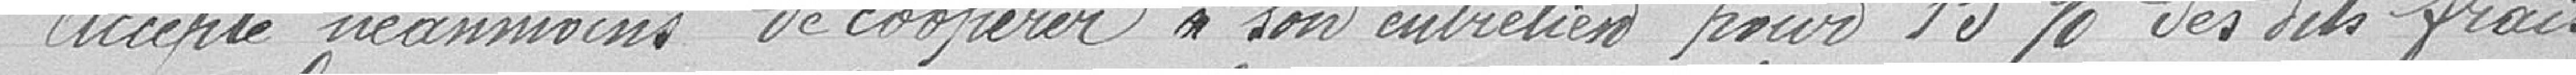
Accepte néanmoins de coopérer à son entretien pour 15 % des dits frais